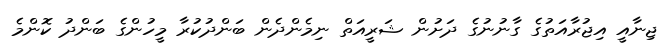
ޖިނާއީ އިޖުރާއަތުގެ ގާނުނުގެ ދަށުން ޝަރީއަތް ނިމެންދެން ބަންދުކުރާ މީހުންގެ ބަންދު ކޮންމެ